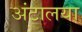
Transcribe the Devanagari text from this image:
अंटालया